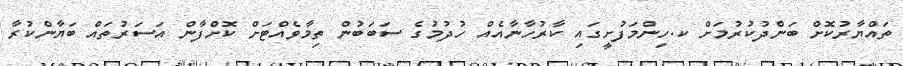
ތައްޔާރުކޮށް ބަންދުކުރުމަށް ކ.ހިންމަފުށީގައި ކާރުހާނާއެއް ހުދުމުގެ ސަބަބުން ތިމާވެއްޓަށް ކޮށްފާން އަސަރުތައް ބަޔާންކުރާ